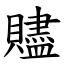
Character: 贐